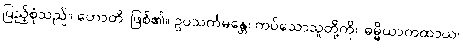
ပြည့်စုံသည်။ ဟောတိ၊ ဖြစ်၏။ ဥပသင်္ကမန္တေ၊ ကပ်သောသူတို့ကို။ ဓမ္မိယာကထာယ၊